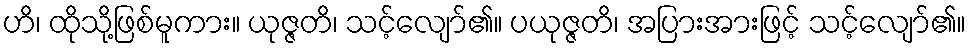
ဟိ၊ ထိုသို့ဖြစ်မူကား။ ယုဇ္ဇတိ၊ သင့်လျော်၏။ ပယုဇ္ဇတိ၊ အပြားအားဖြင့် သင့်လျော်၏။